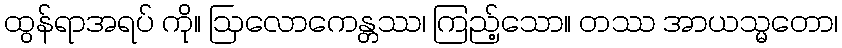
ထွန်ရာအရပ် ကို။ ဩလောကေန္တဿ၊ ကြည့်သော။ တဿ အာယသ္မတော၊